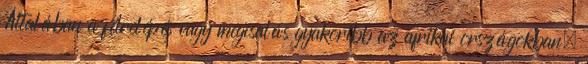
Általában a félrelépés vagy megcsalás gyakoribb az afrikai országokban,